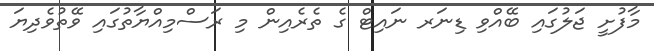
މާފުށީ ޖަލުގައި ބޭއްވި ޑިނަރ ނައިޓް ގެ ތެރެއިން މި ރަސްމިއްޔާތުގައި ވޭތުވެދިޔަ